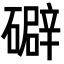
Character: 礔